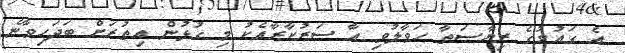
އެ ގައުމުގެ ރިޔާސަތާ ހަވާލުވި އާ ސަރުކާރާއެކު މި ގުޅުން އިތުރަށް ބަދަހިވާނެ